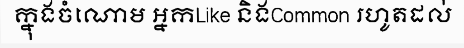
ក្នុងចំណោម អ្នកLike និងCommon រហូតដល់